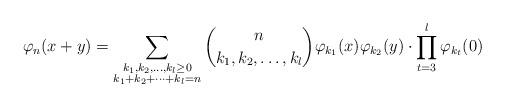
LaTeX: \begin{align*} \varphi_{n}(x+y)= \sum_{\substack{k_{1},k_2, \ldots, k_{l}\geq 0\\ k_{1}+k_2+\cdots+k_{l}=n}} \binom{n}{k_{1}, k_2,\ldots, k_{l}}\varphi_{k_{1}}(x)\varphi_{k_{2}}(y) \cdot \prod_{t=3}^{l}\varphi_{k_{t}}(0)\end{align*}